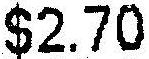
$2.70